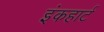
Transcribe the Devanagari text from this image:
इंकहार्ट